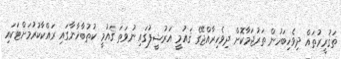
ތަޤުރީރުތައް ދިވެހިބަހުން ތަރުޖަމާކޮށް ދިވެހިރާއްޖޭގެ ޤައުމީ އަރުޝީފުގައި ނުވަތަ ޤައުމީ ކުތުބާޚާނާގައި ރައްކާކުރުމަށްޓަކައި